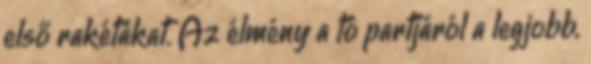
első rakétákat. Az élmény a tó partjáról a legjobb,